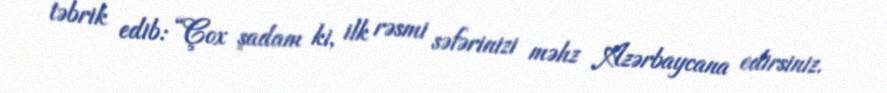
təbrik edib: “Çox şadam ki, ilk rəsmi səfərinizi məhz Azərbaycana edirsiniz.